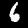
Digit: 6